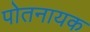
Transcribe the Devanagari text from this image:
पोतनायक